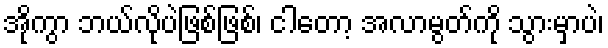
အိုကွာ ဘယ်လိုပဲဖြစ်ဖြစ်၊ ငါတော့ အလာမွတ်ကို သွားမှာပဲ၊